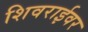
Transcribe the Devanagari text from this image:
शिवराईवर